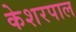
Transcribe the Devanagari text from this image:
केशरपाल